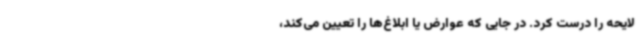
لایحه را درست کرد. در جایی که عوارض یا ابلاغ‌ها را تعیین می‌کند،